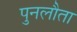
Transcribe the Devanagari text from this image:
पुनलौता